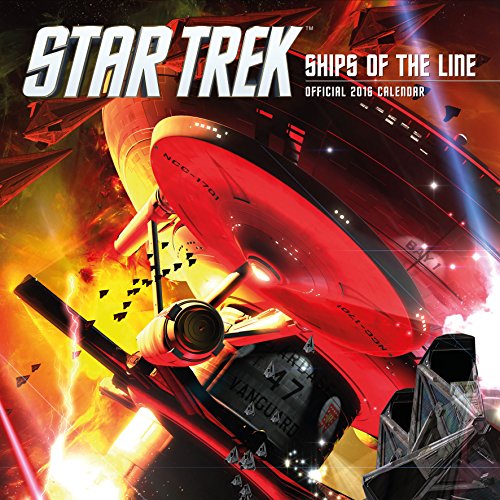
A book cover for The Official Star Trek 2016 Square Calendar; Calendars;